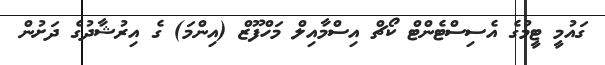
ގައުމީ ޓީމުގެ އެސިސްޓެންޓް ކޯޗް އިސްމާއިލް މަހްފޫޒް (އިންމަ) ގެ އިރުޝާދުގެ ދަށުން